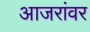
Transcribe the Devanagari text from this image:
आजरांवर